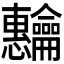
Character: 𬺡